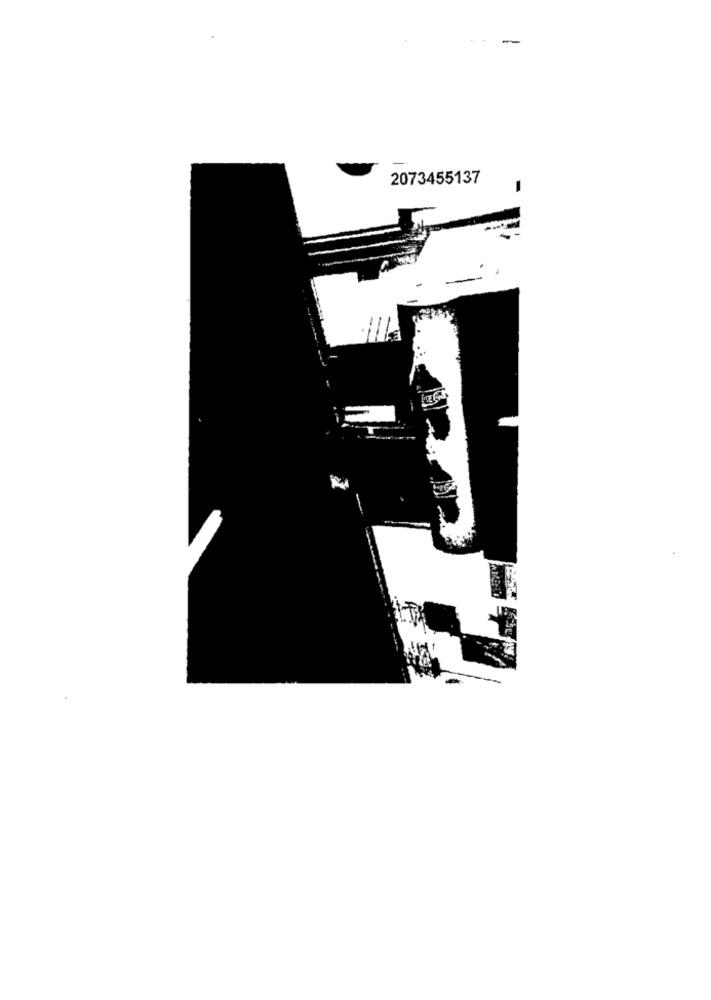
2073455137
-